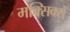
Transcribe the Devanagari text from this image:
मक्सिक्से